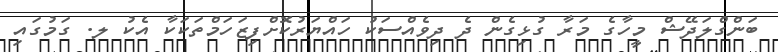
ބަންގްލަދޭޝް މީހާގެ މަރާ ގުޅިގެން ދެ ދިވެއްސަކު ހައްޔަރުކޮށްފިޒަހަމްތަކަކާ އެކު ލ. ގަމުގައި